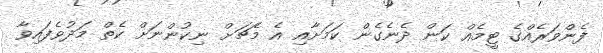
ފެންވަރެއްގެ ޓީމެއް ކަން ދެނެގެން ކަމަށާއި އެ މެޗަށް ނިކުންނަށް ކެތް މަދުވެފައިވާ